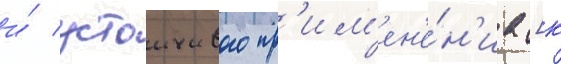
и́ устоичивого пр'им'ен'е́н'иа [к